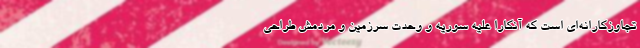
تجاوزکارانه‌ای است که آنکارا علیه سوریه و وحدت سرزمین و مردمش طراحی